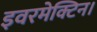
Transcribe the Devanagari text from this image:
इवरमेक्टिन।